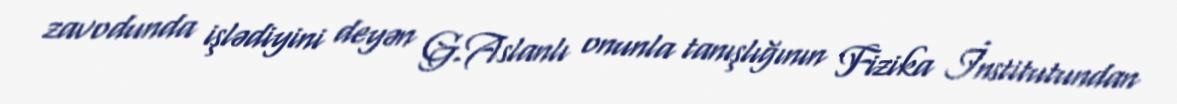
zavodunda işlədiyini deyən G.Aslanlı onunla tanışlığının Fizika İnstitutundan